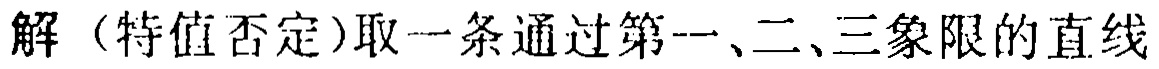
解（特值否定）取一条通过第一、二、三象限的直线